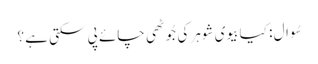
سُوال : کیا بیوی شوہر کی جُوٹھی چائے پی سکتی ہے ؟